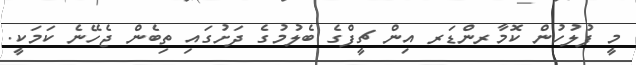
މީ ފުލުހުން ކޮމާރންޑަރ އިން ޗީފްގެ ބެލުމުގެ ދަށުގައި ތިބެން ޖެހޭނެ ކަމަކީ.